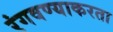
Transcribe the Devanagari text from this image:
रंगवण्याकरता